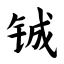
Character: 铖